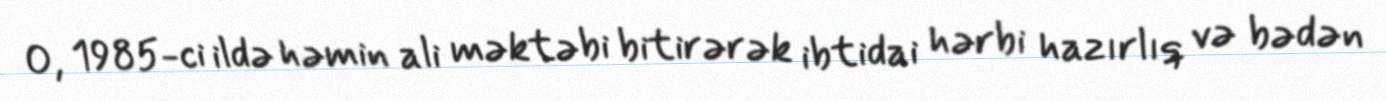
O, 1985-ci ildə həmin ali məktəbi bitirərək ibtidai hərbi hazırlıq və bədən